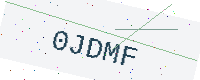
Text: 0JDMF